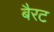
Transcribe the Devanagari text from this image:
बैरट